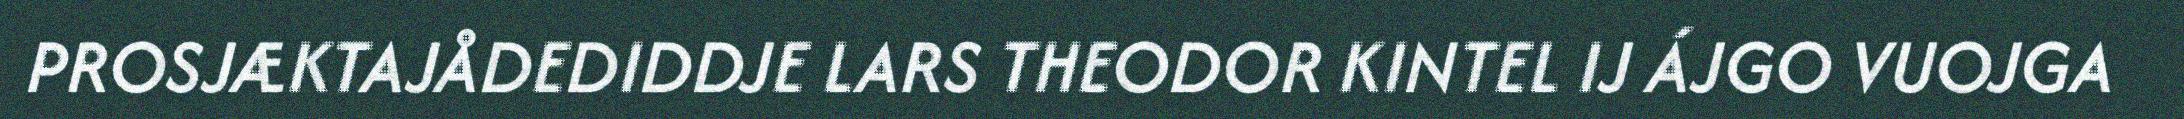
PROSJÆKTAJÅDEDIDDJE LARS THEODOR KINTEL IJ ÁJGO VUOJGA